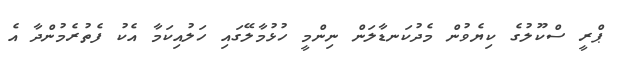
ޕްރީ ސްކޫލުގެ ކިޔެވުން މެދުކަނޑާލަން ނިންމީ ހުޅުމާލޭގައި ހަލުއިކަމާ އެކު ފެތުރެމުންދާ އެ